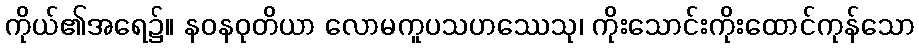
ကိုယ်၏အရေ၌။ နဝနဝုတိယာ လောမကူပသဟဿေသု၊ ကိုးသောင်းကိုးထောင်ကုန်သော